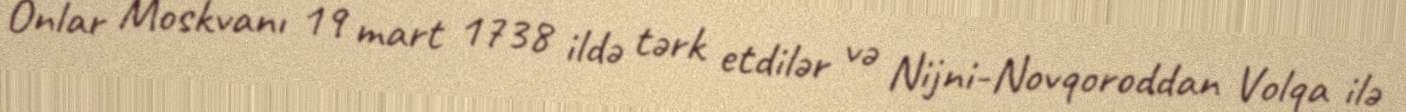
Onlar Moskvanı 19 mart 1738 ildə tərk etdilər və Nijni-Novqoroddan Volqa ilə